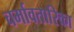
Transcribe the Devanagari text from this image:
चर्मावतारिका